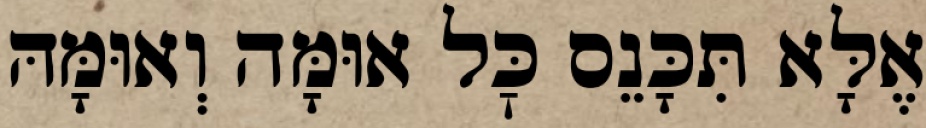
אֶלָּא תִּכָּנֵס כׇּל אוּמָּה וְאוּמָּהּ